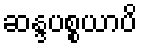
ဆန္ဒပစ္စယာပိ